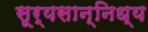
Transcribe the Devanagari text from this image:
सूर्यसान्निध्य